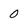
Character: 0